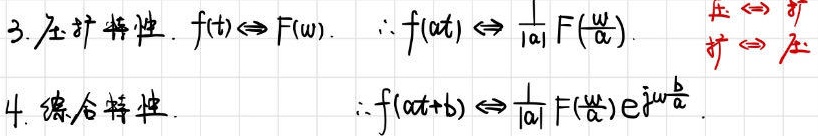
3. 压扩特性. \(f(t)\Leftrightarrow F(\omega).\) \(\therefore f(\alpha t)\Leftrightarrow \frac{1}{|\alpha|}F(\frac{\omega}{\alpha})\)  压 \(\Leftrightarrow\) 扩  扩 \(\Leftrightarrow\) 压
4. 综合特性. \(\therefore f(\alpha t + b)\Leftrightarrow \frac{1}{|\alpha|}F(\frac{\omega}{\alpha})e^{j\omega\frac{b}{\alpha}}\)